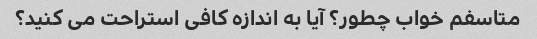
متاسفم خواب چطور؟ آیا به اندازه کافی استراحت می کنید؟